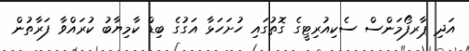
އަދި ޕާރފޯމަންސް ސެކިއުރިޓީގެ ގޮތުގައި ހުށަހަޅާ އަގުގެ ބިޑް ކާމިޔާބު ކުރައްވާ ފަރާތުން